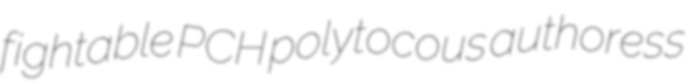
fightable PCH polytocous authoress